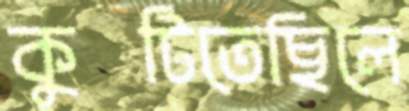
কুটিতেছিলে